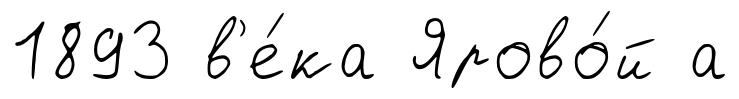
1893 в'е́ка Ярово́й а